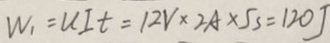
W _ { 1 } = u I t = 1 2 V \times 2 A \times 5 s = 1 2 0 J